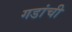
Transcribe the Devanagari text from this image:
गडांची